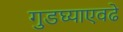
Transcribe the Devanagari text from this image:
गुडघ्याएवढे